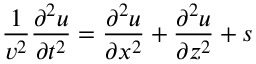
\frac { 1 } { v ^ { 2 } } \frac { \partial ^ { 2 } u } { \partial t ^ { 2 } } = \frac { \partial ^ { 2 } u } { \partial x ^ { 2 } } + \frac { \partial ^ { 2 } u } { \partial z ^ { 2 } } + s